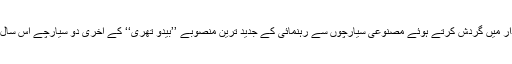
چینی خبر رساں ایجنسی ژنہوا کے مطابق، زمین کے گرد مدار میں گردش کرتے ہوئے مصنوعی سیارچوں سے رہنمائی کے جدید ترین منصوبے ’’بیدو تھری‘‘ کے آخری دو سیارچے اس سال یعنی 2020 کے دوران ہی خلاء میں پہنچا دیئے جائیں گے۔